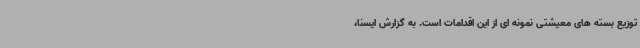
توزیع بسته های معیشتی نمونه ای از این اقدامات است. به گزارش ایسنا،